Civil Veterinary Dept. North-West Frontier Province 1933-46 - 1933-1946
Year: 1933
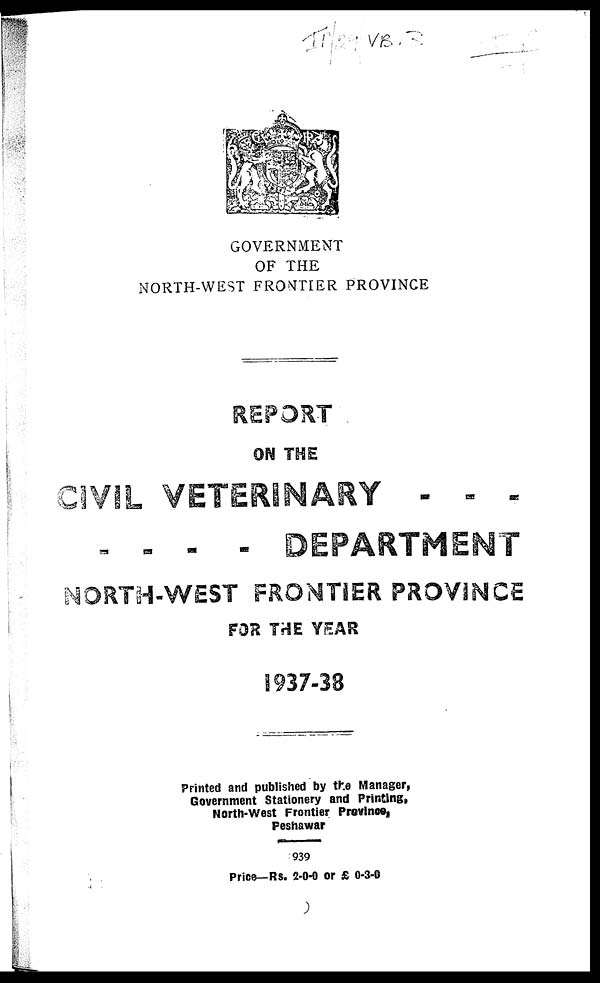
GOVERNMENT
OF THE
NORTH-WEST FRONTIER PROVINCE
REPORT
ON THE
CIVIL VETERINARY - - -
- - - - DEPARTMENT
NORTH-WEST FRONTIER PROVINCE
FOR THE YEAR
1937-38
Printed and published by the Manager,
Government Stationery and Printing,
North-West Frontier Province,
Peshawar
939
Price—Rs. 2-0-0 or £ 0-3-0